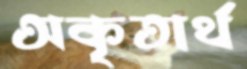
অকৃতার্থ